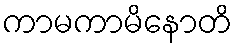
ကာမကာမိနောတိ